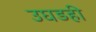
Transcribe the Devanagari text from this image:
उघडही